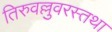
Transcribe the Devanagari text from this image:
तिरुवल्लुवरस्तथा